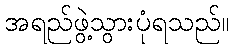
အရည်ဖွဲ့သွားပုံရသည်။